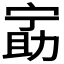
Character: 𫦵